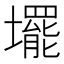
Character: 𡓁